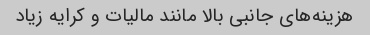
هزینه‌های جانبی بالا مانند مالیات و کرایه زیاد